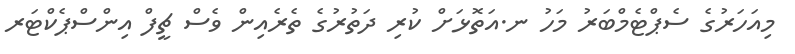
މިއަހަރުގެ ސެޕްޓެމްބަރު މަހު ނ.އަތޮޅަށް ކުރި ދަތުރުގެ ތެރެއިން ވެސް ޗީފް އިންސްޕެކްޓަރ